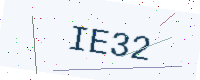
Text: IE32